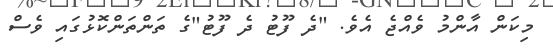
މިކަން އާންމު ވެއްޖެ އެވެ. "ދެ ފޫޓު ދެ ފޫޓު"ގެ ތަންތަންކޮޅުގައި ވެސް